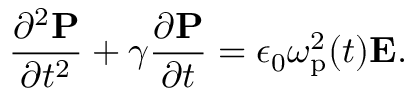
\frac { \partial ^ { 2 } \mathbf { P } } { \partial t ^ { 2 } } + \gamma \frac { \partial \mathbf { P } } { \partial t } = \epsilon _ { 0 } \omega _ { \mathrm { p } } ^ { 2 } ( t ) \mathbf { E } .